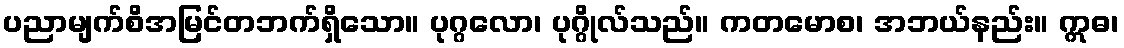
ပညာမျက်စိအမြင်တဘက်ရှိသော။ ပုဂ္ဂလော၊ ပုဂ္ဂိုလ်သည်။ ကတမောစ၊ အဘယ်နည်း။ ဣဓ၊